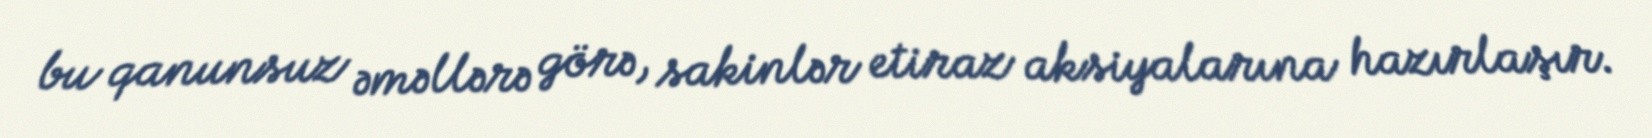
bu qanunsuz əməllərə görə, sakinlər etiraz aksiyalarına hazırlaşır.